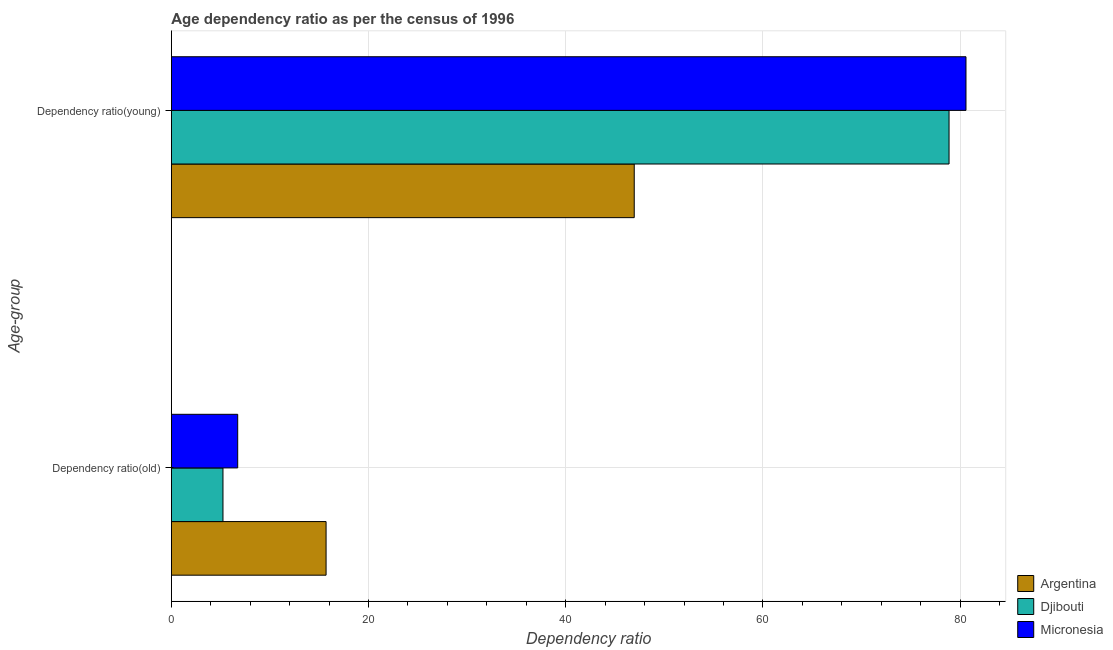
| Age-group | Argentina | Djibouti | Micronesia |
 | --- | --- | --- | --- |
 | Dependency ratio(old) | 15.7 | 5.23 | 6.73 |
 | Dependency ratio(young) | 47 | 78.9 | 80.6 |